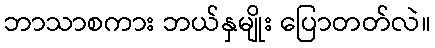
ဘာသာစကား ဘယ်နှမျိုး ပြောတတ်လဲ။